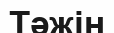
Тәжін